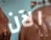
الآن